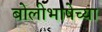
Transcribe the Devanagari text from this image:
बोलीभाषेच्या